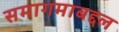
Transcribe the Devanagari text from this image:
समागमाबद्दल